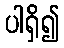
ပါရှိ၍